Alphabetical list of drugs, medicines and other preparations free from, and containing, spirit compiled from the results of tests made by the customs houses at Calcutta, Bombay, and Madras
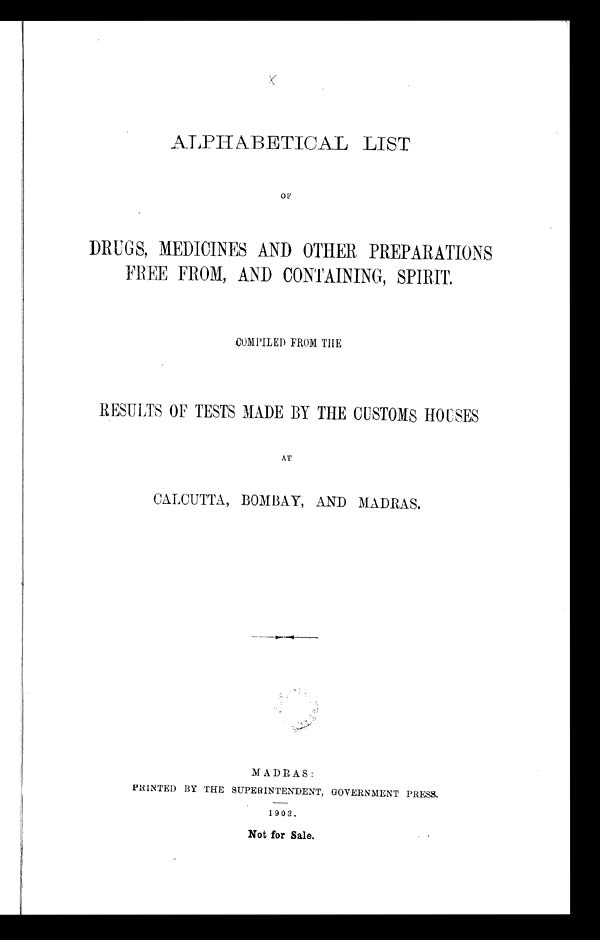
ALPHABETICAL LIST
OF'
DRUGS, MEDICINES AND OTHER PREPARATIONS
FREE FROM, AND CONTAINING, SPIRIT.
COMPILED FROM THE
RESULTS OF TESTS MADE BY THE CUSTOMS HOUSES
AT
CALCUTTA, BOMBAY, AND MADRAS,
MADRAS:
PRINTED BY THE SUPERINTENDENT, GOVERNMENT PRESS.
1903 .
Not for Sale.